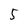
Character: 5